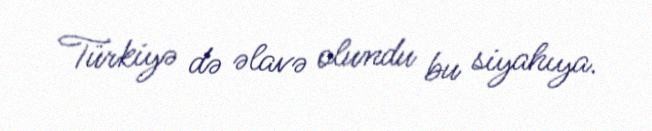
Türkiyə də əlavə olundu bu siyahıya.